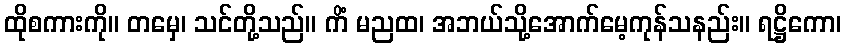
ထိုစကားကို။ တမှေ၊ သင်တို့သည်။ ကိံ မညထ၊ အဘယ်သို့အောက်မေ့ကုန်သနည်း။ ရဋ္ဌိကော၊